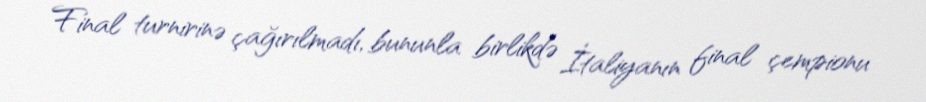
Final turnirinə çağırılmadı, bununla birlikdə İtaliyanın final çempionu